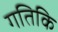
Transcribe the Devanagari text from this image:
गतिकि